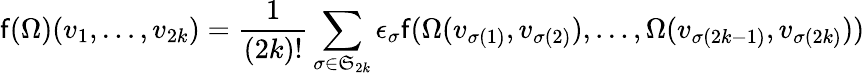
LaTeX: \mathsf{f}(\Omega)(v_{1},\dots,v_{2k})={\frac{{1}}{{(2k)!}}}\sum_{\sigma\in{\mathfrak{{S}}}_{2k}}\epsilon_{\sigma}\mathsf{f}(\Omega(v_{\sigma(1)},v_{\sigma(2)}),\dots,\Omega(v_{\sigma(2k-1)},v_{\sigma(2k)}))